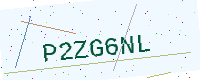
Text: P2ZG6NL